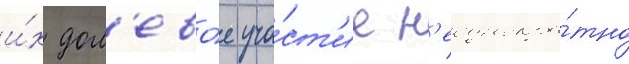
и́х дол'ево́е уча́ст'ие н'еоднокра́тно